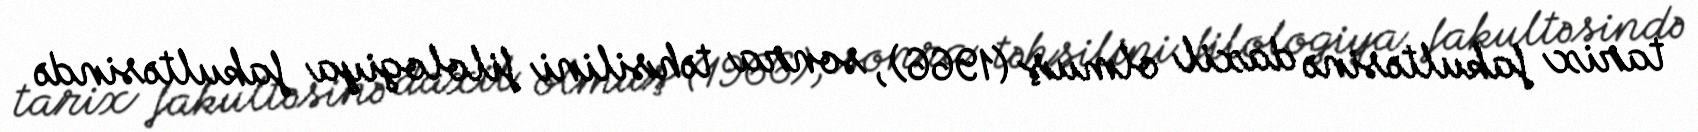
tarix fakultəsinə daxil olmuş (1966), sonra təhsilini filologiya fakultəsində